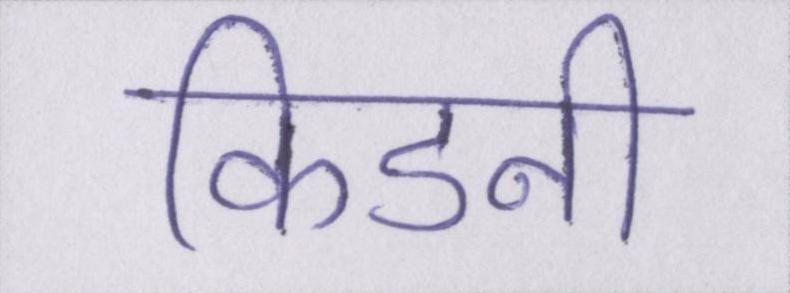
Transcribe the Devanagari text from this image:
किडनी